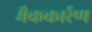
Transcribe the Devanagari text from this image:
मैककार्रण